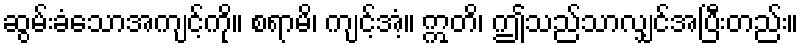
ဆွမ်းခံသောအကျင့်ကို။ စရာမိ၊ ကျင့်အံ့။ ဣတိ၊ ဤသည်သာလျှင်အပြီးတည်း။